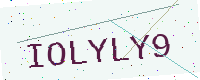
Text: IOLYLY9